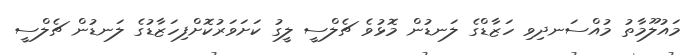
މައުލޫމާތު މުއްސަނދިވި ހަޒާޑްގެ ލަނޑުން މޮޅުވެ ޗެލްސީ ލީގު ކަށަވަރުކޮށްފިހަޒާޑުގެ ލަނޑުން ޗެލްސީ